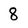
Character: 8